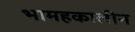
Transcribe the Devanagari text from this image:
भामहकालीन